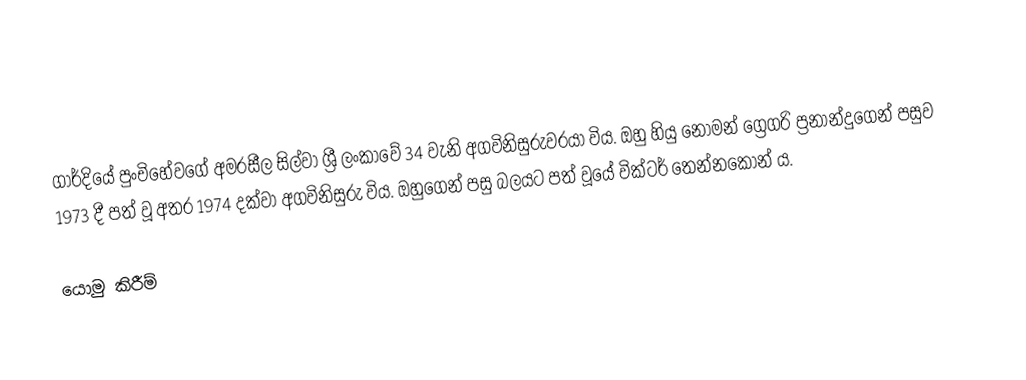
ගාර්දියේ පුංචිහේවගේ අමරසීල සිල්වා ශ්‍රී ලංකාවේ 34 වැනි අගවිනිසුරුවරයා විය. ඔහු හියු නෝමන් ග්‍රෙගරි ප්‍රනාන්දුගෙන් පසුව 1973 දී පත් වූ අතර 1974 දක්වා අගවිනිසුරු විය. ඔහුගෙන් පසු බලයට පත් වූයේ වික්ටර් තෙන්නකෝන් ය.

යොමු කිරීම්